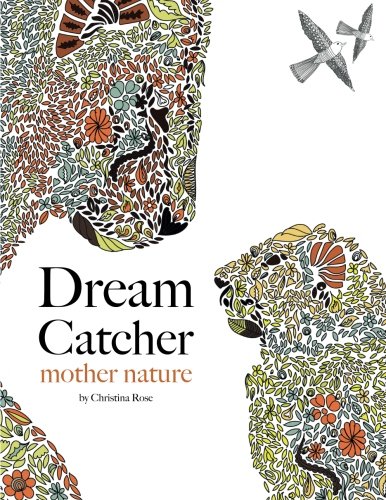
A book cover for Dream Catcher: mother nature: An awe inspiring adult colouring book celebrating the hidden tenderness of the untamed wild; Christina Rose; Arts & Photography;